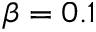
\beta = 0 . 1